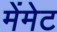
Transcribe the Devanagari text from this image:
मेंमेट